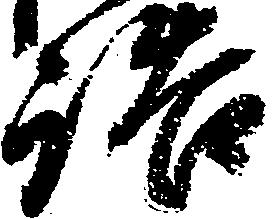
詰